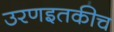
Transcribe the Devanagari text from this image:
उरणइतकीच